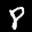
Label: 8